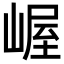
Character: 𫶉